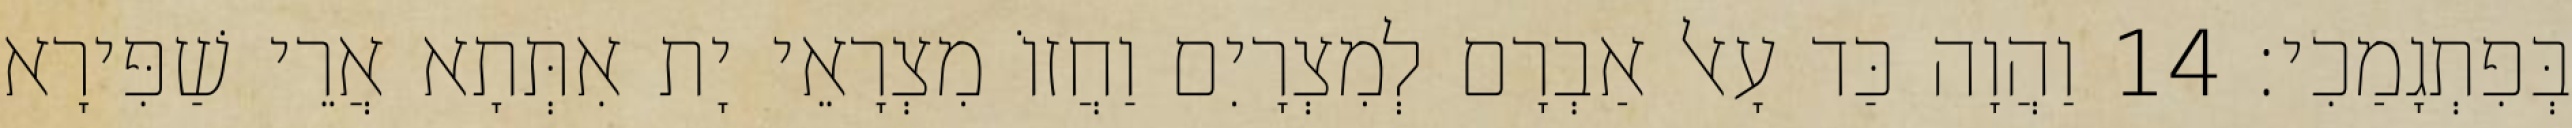
בְּפִתְגָמַכִי׃ 14 וַהֲוָה כַּד עָאל אַבְרָם לְמִצְרָיִם וַחֲזוֹ מִצְרָאֵי יָת אִתְּתָא אֲרֵי שַׁפִּירָא